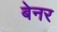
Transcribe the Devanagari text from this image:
बेनर